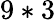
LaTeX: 9*3